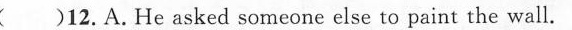
B.He painted the wall himself.